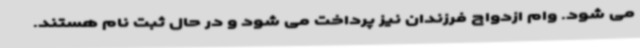
می شود. وام ازدواج فرزندان نیز پرداخت می شود و در حال ثبت نام هستند.